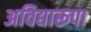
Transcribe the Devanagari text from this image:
अविद्यारूपा